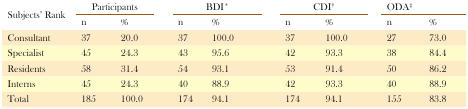
<table><thead><tr><td rowspan="2"><b>Subjects’ Rank</b></td><td colspan="2"><b>Participants</b></td><td colspan="2"><b>BDI*</b></td><td colspan="2"><b>CDI†</b></td><td colspan="2"><b>ODA‡</b></td></tr><tr><td><b>n</b></td><td><b>%</b></td><td><b>n</b></td><td><b>%</b></td><td><b>n</b></td><td><b>%</b></td><td><b>n</b></td><td><b>%</b></td></tr></thead><tbody><tr><td>Consultant</td><td>37</td><td>20.0</td><td>37</td><td>100.0</td><td>37</td><td>100.0</td><td>27</td><td>73.0</td></tr><tr><td>Specialist</td><td>45</td><td>24.3</td><td>43</td><td>95.6</td><td>42</td><td>93.3</td><td>38</td><td>84.4</td></tr><tr><td>Residents</td><td>58</td><td>31.4</td><td>54</td><td>93.1</td><td>53</td><td>91.4</td><td>50</td><td>86.2</td></tr><tr><td>Interns</td><td>45</td><td>24.3</td><td>40</td><td>88.9</td><td>42</td><td>93.3</td><td>40</td><td>88.9</td></tr><tr><td>Total</td><td>185</td><td>100.0</td><td>174</td><td>94.1</td><td>174</td><td>94.1</td><td>155</td><td>83.8</td></tr></tbody></table>